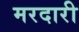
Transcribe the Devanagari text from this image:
मरदारी